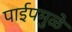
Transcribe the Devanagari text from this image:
पाईपमुळे